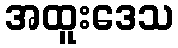
အထူးဒေသ